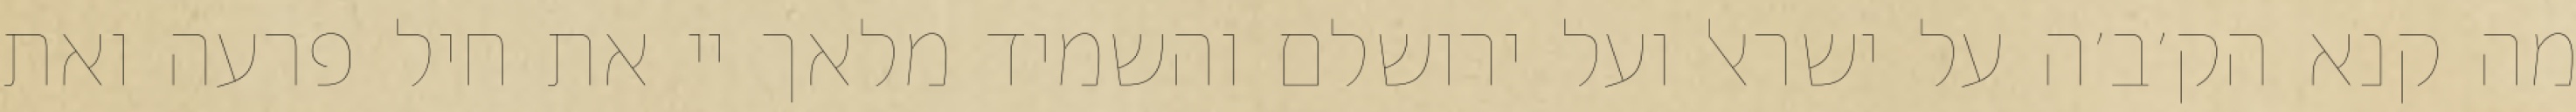
מה קנא הק׳ב׳ה על ישראל ועל ירושלם והשמיד מלאך יי את חיל פרעה ואת